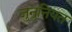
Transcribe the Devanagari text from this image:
जुनुनियत